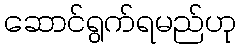
ဆောင်ရွက်ရမည်ဟု